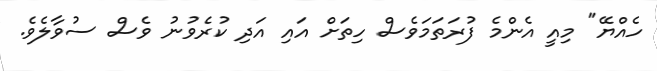
ހެއްޔޭ" މިއީ އެންމެ ފުރަތަމަވެސް ހިތަށް އައި އަދި ކުރެވުނު ވެސް ސުވާލެވެ.